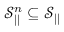
\mathcal { S } _ { | | } ^ { n } \subseteq \mathcal { S } _ { | | }